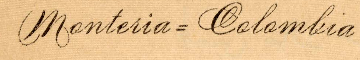
Monteria = Colombia